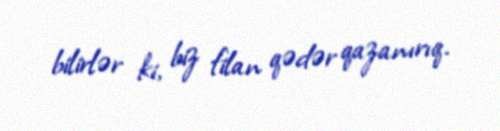
bilirlər ki, biz filan qədər qazanırıq.